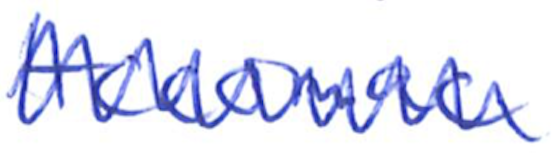
Text: Accomack
Cross-out: zig-zag
Writing tool: ballpoint